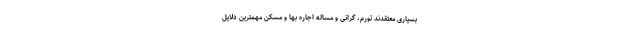
بسیاری معتقدند تورم، گرانی و مساله اجاره بها و مسکن مهمترین دلایل